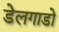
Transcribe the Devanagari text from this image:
डेलगाडो